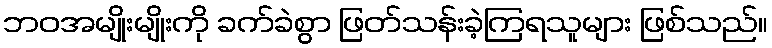
ဘဝအမျိုးမျိုးကို ခက်ခဲစွာ ဖြတ်သန်းခဲ့ကြရသူများ ဖြစ်သည်။